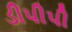
ડીપીપી